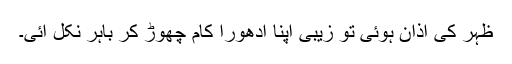
ظہر کی اذان ہوئی تو زیبی اپنا ادھورا کام چھوڑ کر باہر نکل آئی۔